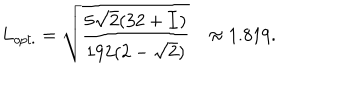
LaTeX: L _ { o p t . } = \sqrt { \frac { 5 \sqrt { 2 } ( 3 2 + { \cal I } ) } { 1 9 2 ( 2 - \sqrt { 2 } ) } } \approx 1 . 8 1 9 .